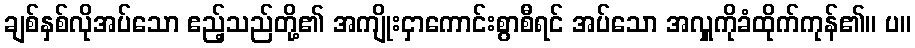
ချစ်နှစ်လိုအပ်သော ဧည့်သည်တို့၏ အကျိုးငှာကောင်းစွာစီရင် အပ်သော အလှူကိုခံထိုက်ကုန်၏။ ပ။